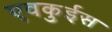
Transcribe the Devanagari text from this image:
एवकुईस